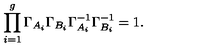
\prod _ { i = 1 } ^ { g } \Gamma _ { A _ { i } } \Gamma _ { B _ { i } } \Gamma _ { A _ { i } } ^ { - 1 } \Gamma _ { B _ { i } } ^ { - 1 } = 1 .